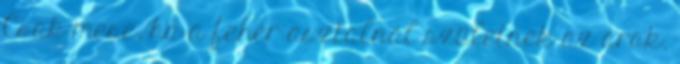
Csak mese, ha a fehér asztalnál születnek az árak.